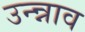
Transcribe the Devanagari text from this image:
उन्न्नाव